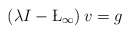
\begin{align*} \left(\lambda I-\L_{\infty}\right)v=g \end{align*}